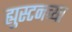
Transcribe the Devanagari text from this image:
ह्युस्टनच्या